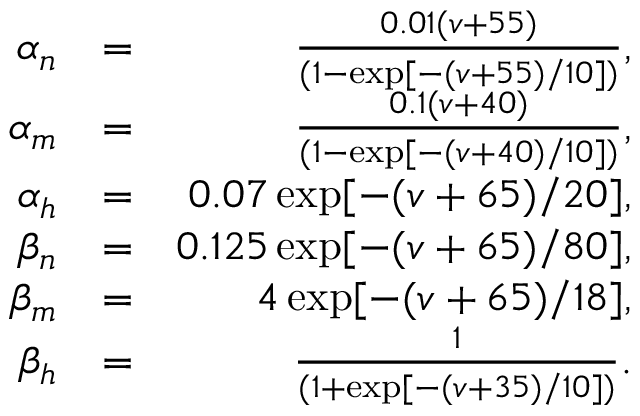
\begin{array} { r l r } { \alpha _ { n } } & { = } & { \frac { 0 . 0 1 ( v + 5 5 ) } { ( 1 - \exp [ - ( v + 5 5 ) / 1 0 ] ) } , } \\ { \alpha _ { m } } & { = } & { \frac { 0 . 1 ( v + 4 0 ) } { ( 1 - \exp [ - ( v + 4 0 ) / 1 0 ] ) } , } \\ { \alpha _ { h } } & { = } & { 0 . 0 7 \exp [ - ( v + 6 5 ) / 2 0 ] , } \\ { \beta _ { n } } & { = } & { 0 . 1 2 5 \exp [ - ( v + 6 5 ) / 8 0 ] , } \\ { \beta _ { m } } & { = } & { 4 \exp [ - ( v + 6 5 ) / 1 8 ] , } \\ { \beta _ { h } } & { = } & { \frac { 1 } { ( 1 + \exp [ - ( v + 3 5 ) / 1 0 ] ) } . } \end{array}